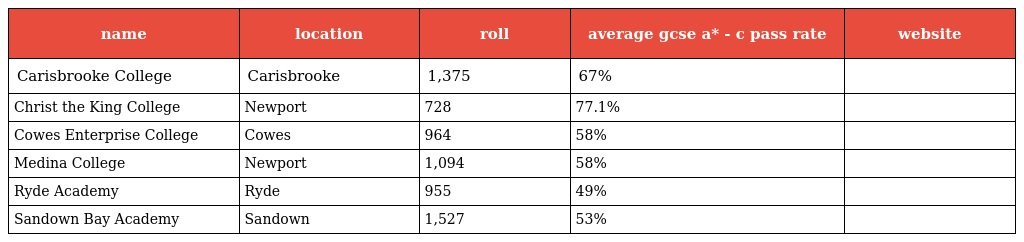
| name | location | roll | average gcse a* - c pass rate | website |
 | --- | --- | --- | --- | --- |
 | Carisbrooke College | Carisbrooke | 1,375 | 67% |  |
 | Christ the King College | Newport | 728 | 77.1% |  |
 | Cowes Enterprise College | Cowes | 964 | 58% |  |
 | Medina College | Newport | 1,094 | 58% |  |
 | Ryde Academy | Ryde | 955 | 49% |  |
 | Sandown Bay Academy | Sandown | 1,527 | 53% |  |